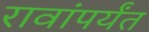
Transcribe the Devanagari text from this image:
रावांपर्यंत